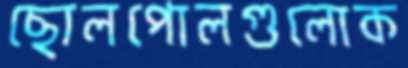
ছোলপোলগুলোক